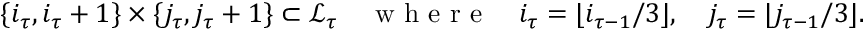
\{ i _ { \tau } , i _ { \tau } + 1 \} \times \{ j _ { \tau } , j _ { \tau } + 1 \} \subset \mathcal { L } _ { \tau } \quad \mathrm { ~ w ~ h ~ e ~ r ~ e ~ } \quad i _ { \tau } = \lfloor i _ { \tau - 1 } / 3 \rfloor , \quad j _ { \tau } = \lfloor j _ { \tau - 1 } / 3 \rfloor .